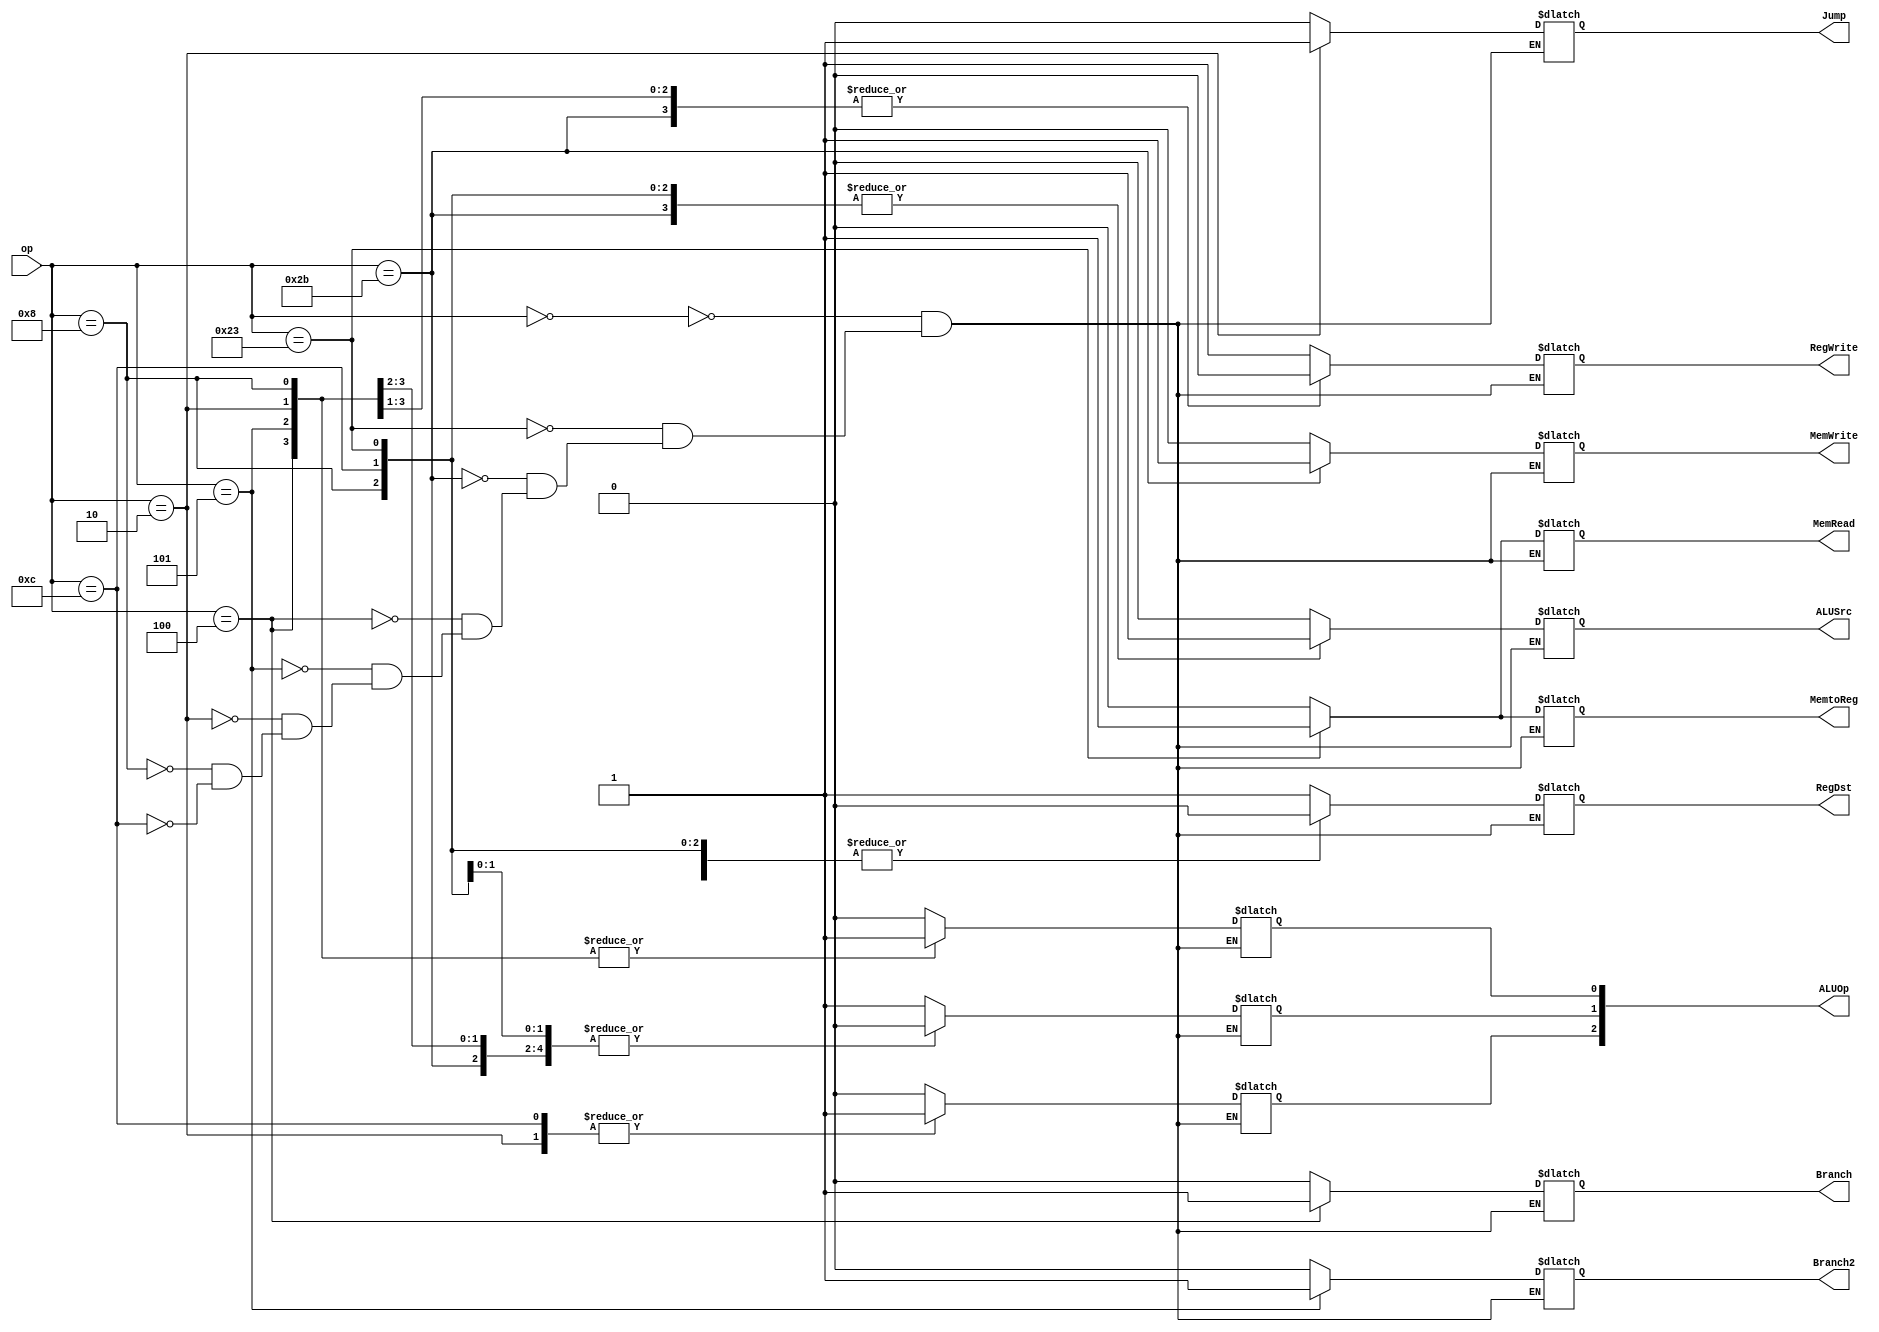
`timescale 1ns / 1ps
//////////////////////////////////////////////////////////////////////////////////
// Company: 
// Engineer: 
// 
// Design Name: 
// Module Name:    ControlUnit 
// Project Name: 
// Target Devices: 
// Tool versions: 
// Description: 
//
// Dependencies: 
//
// Revision: 
// Revision 0.01 - File Created
// Additional Comments: 
//
//////////////////////////////////////////////////////////////////////////////////
module ControlUnit(op,RegDst,ALUSrc,MemtoReg,RegWrite,MemRead,MemWrite,Branch,Branch2,Jump,ALUOp);
input [5:0]op;
output RegDst,ALUSrc,MemtoReg,RegWrite,MemRead,MemWrite,Branch,Branch2,Jump;
output [2:0]ALUOp;
reg RegDst,ALUSrc,MemtoReg,RegWrite,MemRead,MemWrite,Branch,Branch2,Jump;
reg [2:0]ALUOp;
always@(*)
case(op)
6'b000000:begin RegDst<=1;ALUSrc<=0;MemtoReg<=0;RegWrite<=1;MemRead<=0;MemWrite<=0;Branch<=0;Branch2=0;Jump<=0;ALUOp[2]=0;ALUOp[1]<=1;ALUOp[0]<=0;end
6'b100011:begin RegDst<=0;ALUSrc<=1;MemtoReg<=1;RegWrite<=1;MemRead<=1;MemWrite<=0;Branch<=0;Branch2=0;Jump<=0;ALUOp[2]=0;ALUOp[1]<=0;ALUOp[0]<=0;end
6'b101011:begin RegDst<=0;ALUSrc<=1;MemtoReg<=0;RegWrite<=0;MemRead<=0;MemWrite<=1;Branch<=0;Branch2=0;Jump<=0;ALUOp[2]=0;ALUOp[1]<=0;ALUOp[0]<=0;end
6'b000100:begin RegDst<=0;ALUSrc<=0;MemtoReg<=0;RegWrite<=0;MemRead<=0;MemWrite<=0;Branch<=1;Branch2=0;Jump<=0;ALUOp[2]=0;ALUOp[1]<=0;ALUOp[0]<=1;end
6'b000101:begin RegDst<=0;ALUSrc<=0;MemtoReg<=0;RegWrite<=0;MemRead<=0;MemWrite<=0;Branch<=0;Branch2=1;Jump<=0;ALUOp[2]=0;ALUOp[1]<=0;ALUOp[0]<=1;end
6'b000010:begin RegDst<=0;ALUSrc<=0;MemtoReg<=0;RegWrite<=0;MemRead<=0;MemWrite<=0;Branch<=0;Branch2=0;Jump<=1;ALUOp[2]=1;ALUOp[1]<=1;ALUOp[0]<=1;end
6'b001000:begin RegDst<=0;ALUSrc<=1;MemtoReg<=0;RegWrite<=1;MemRead<=0;MemWrite<=0;Branch<=0;Branch2=0;Jump<=0;ALUOp[2]=0;ALUOp[1]<=1;ALUOp[0]<=1;end
6'b001100:begin RegDst<=0;ALUSrc<=1;MemtoReg<=0;RegWrite<=1;MemRead<=0;MemWrite<=0;Branch<=0;Branch2=0;Jump<=0;ALUOp[2]=1;ALUOp[1]<=0;ALUOp[0]<=0;end
endcase
endmodule